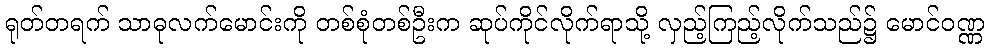
ရုတ်တရက် သာဓုလက်မောင်းကို တစ်စုံတစ်ဦးက ဆုပ်ကိုင်လိုက်ရာသို့ လှည့်ကြည့်လိုက်သည်၌ မောင်ဝဏ္ဏ